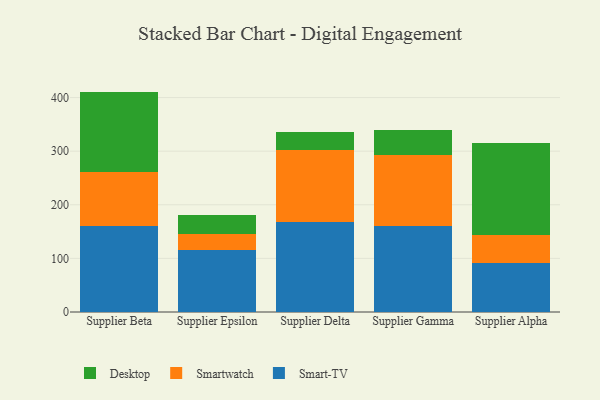
{"axis": {"x": "Supplier", "y": "Energy Usage (MWh)"}, "legend": ["Desktop", "Smart-TV", "Smartwatch"], "data": [{"x": "Supplier Beta", "y": 159.9, "type": "Smart-TV"}, {"x": "Supplier Beta", "y": 101.1, "type": "Smartwatch"}, {"x": "Supplier Beta", "y": 150.1, "type": "Desktop"}, {"x": "Supplier Epsilon", "y": 115.2, "type": "Smart-TV"}, {"x": "Supplier Epsilon", "y": 29.7, "type": "Smartwatch"}, {"x": "Supplier Epsilon", "y": 35.4, "type": "Desktop"}, {"x": "Supplier Delta", "y": 168.6, "type": "Smart-TV"}, {"x": "Supplier Delta", "y": 134.1, "type": "Smartwatch"}, {"x": "Supplier Delta", "y": 33.0, "type": "Desktop"}, {"x": "Supplier Gamma", "y": 161.0, "type": "Smart-TV"}, {"x": "Supplier Gamma", "y": 131.3, "type": "Smartwatch"}, {"x": "Supplier Gamma", "y": 47.6, "type": "Desktop"}, {"x": "Supplier Alpha", "y": 91.1, "type": "Smart-TV"}, {"x": "Supplier Alpha", "y": 52.9, "type": "Smartwatch"}, {"x": "Supplier Alpha", "y": 171.6, "type": "Desktop"}]}